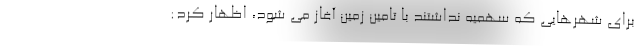
برای شهرهایی که سهمیه نداشتند با تامین زمین آغاز می شود، اظهار کرد: